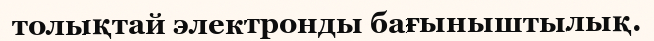
толықтай электронды бағыныштылық.